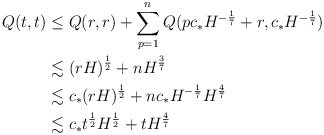
\begin{align*}Q(t,t) & \leq Q(r,r)+\sum_{p=1}^{n} Q(pc_*H^{-\frac{1}{7}}+r,c_*H^{-\frac{1}{7}})\\& \lesssim (rH)^\frac{1}{2}+n H^\frac{3}{7}\\& \lesssim c_*(rH)^\frac{1}{2}+nc_*H^{-\frac{1}{7}} H^\frac{4}{7}\\& \lesssim c_* t^\frac{1}{2}H^\frac{1}{2}+t H^\frac{4}{7}\end{align*}